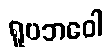
ရူပဘဝေါ